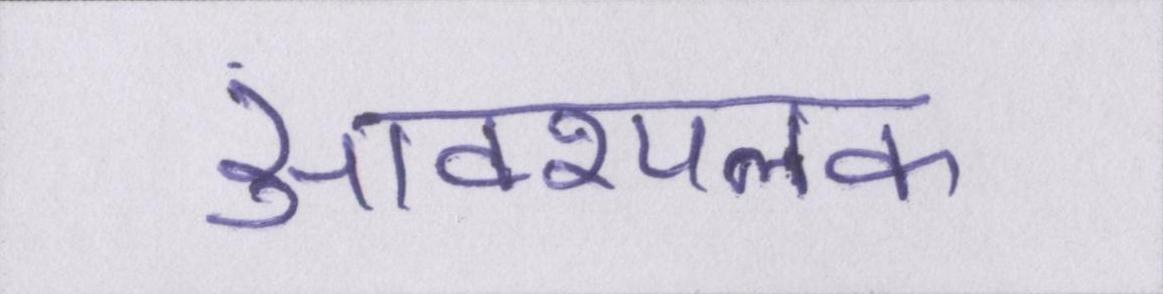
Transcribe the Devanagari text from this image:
आवश्यलक